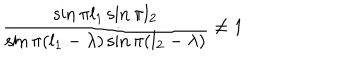
LaTeX: \frac { \sin \pi l _ { 1 } \sin \pi l _ { 2 } } { \sin \pi ( l _ { 1 } - \lambda ) \sin \pi ( l _ { 2 } - \lambda ) } \not = 1